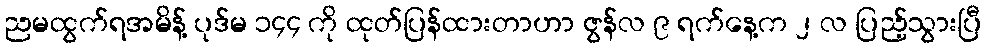
ညမထွက်ရအမိန့် ပုဒ်မ ၁၄၄ ကို ထုတ်ပြန်ထားတာဟာ ဇွန်လ ၉ ရက်နေ့က ၂ လ ပြည့်သွားပြီ